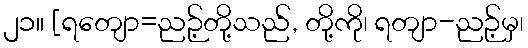
၂၁။ [ရတျော=ညဉ့်တို့သည်, တို့ကို၊ ရတျာ-ညဉ့်မှ၊